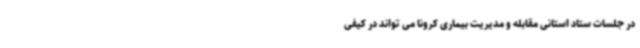
در جلسات ستاد استانی مقابله و مدیریت بیماری کرونا می تواند در کیفی